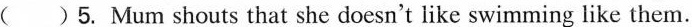
( ) 5. Mum shouts that she doesn't like swimming like them.